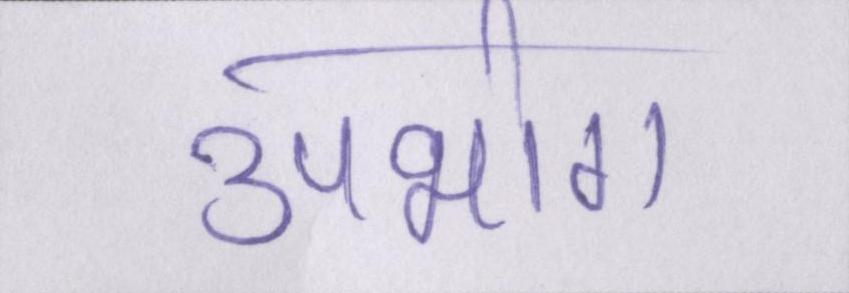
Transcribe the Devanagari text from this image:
उपभोग